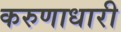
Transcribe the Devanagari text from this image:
करुणाधारी